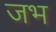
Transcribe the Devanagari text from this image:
जभ